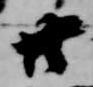
廿